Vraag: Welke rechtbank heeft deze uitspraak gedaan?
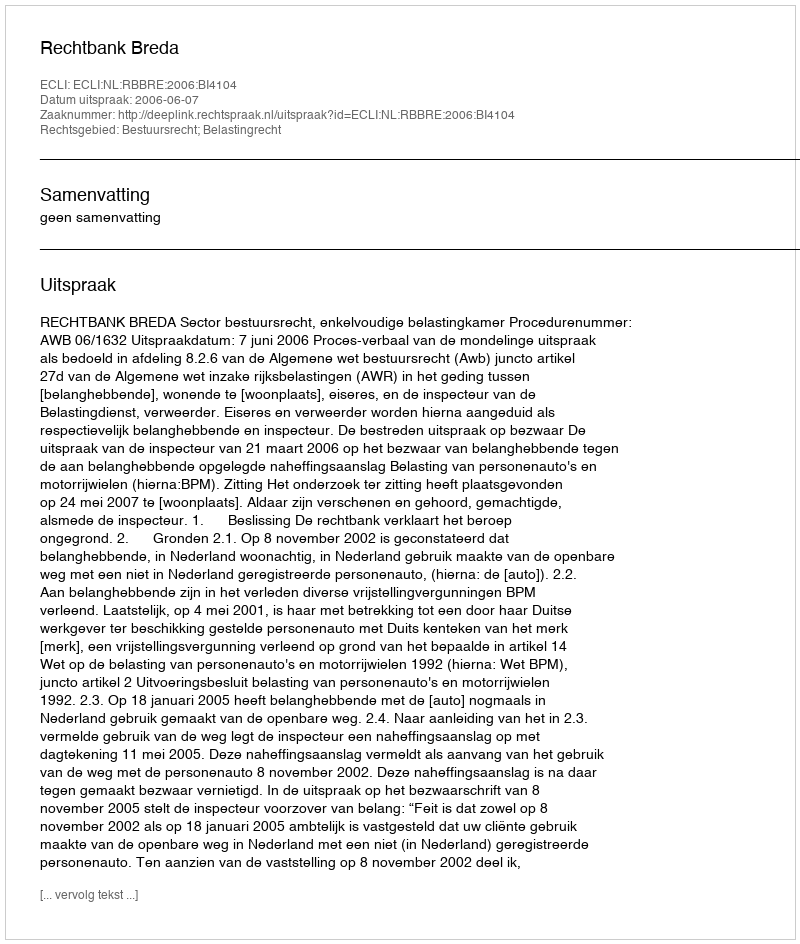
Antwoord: Rechtbank Breda